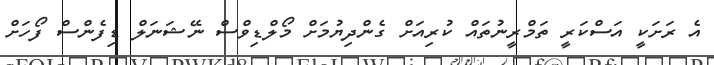
އެ ރަށަކީ އަސްކަރީ ތަމްރީނުތައް ކުރިއަށް ގެންދިޔުމަށް މޯލްޑިވްސް ނޭޝަނަލް ޑިފެންސް ފޯހަށް